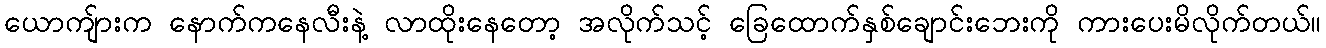
ယောကျ်ားက နောက်ကနေလီးနဲ့ လာထိုးနေတော့ အလိုက်သင့် ခြေထောက်နှစ်ချောင်းဘေးကို ကားပေးမိလိုက်တယ်။